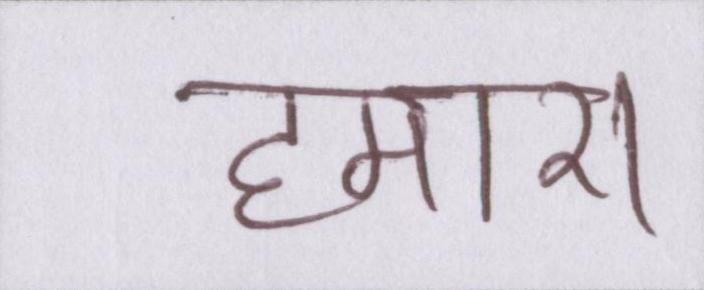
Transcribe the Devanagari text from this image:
हमारा